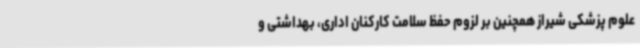
علوم پزشکی شیراز همچنین بر لزوم حفظ سلامت کارکنان اداری، بهداشتی و